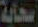
سحابة